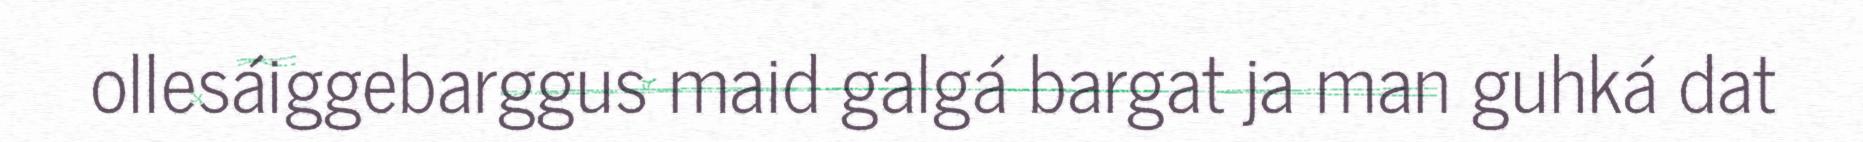
ollesáiggebarggus maid galgá bargat ja man guhká dat